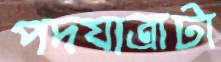
পদযাত্রাটা